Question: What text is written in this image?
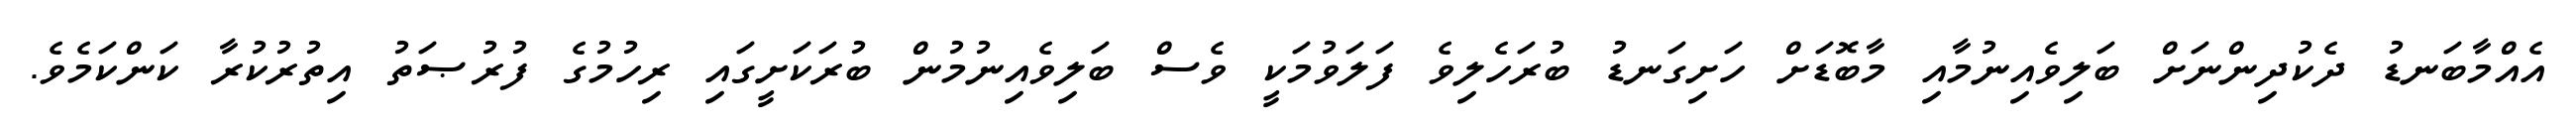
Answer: އެއްމާބަނޑު ދެކުދިންނަށް ބަލިވެއިނުމާއި މާބޮޑަށް ހަށިގަނޑު ބުރަހެލިވެ ފަލަވުމަކީ ވެސް ބަލިވެއިނުމުން ބުރަކަށީގައި ރިހުމުގެ ފުރުޞަތު އިތުރުކުރާ ކަންކަމެވެ.